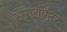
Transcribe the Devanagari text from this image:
होंगरविंटर